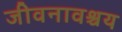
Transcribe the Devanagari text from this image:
जीवनावश्चय